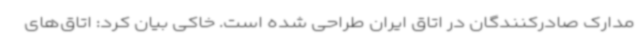
مدارک صادرکنندگان در اتاق ایران طراحی شده است. خاکی بیان کرد: اتاق‌های